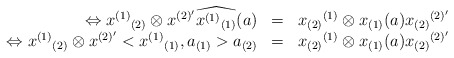
\begin{align*}\begin{array}{rcl}\Leftrightarrow x^{(1)}{}_{(2)}\otimes x^{(2)'}\widehat{x^{(1)}{}_{(1)}}(a) & =&x_{(2)}{}^{(1)}\otimes x_{(1)}(a) x_{(2)}{}^{(2)'}\\\Leftrightarrow x^{(1)}{}_{(2)}\otimes x^{(2)'}<x^{(1)}{}_{(1)},a_{(1)}>a_{(2)} & = &x_{(2)}{}^{(1)}\otimes x_{(1)}(a) x_{(2)}{}^{(2)'}\end{array}\end{align*}